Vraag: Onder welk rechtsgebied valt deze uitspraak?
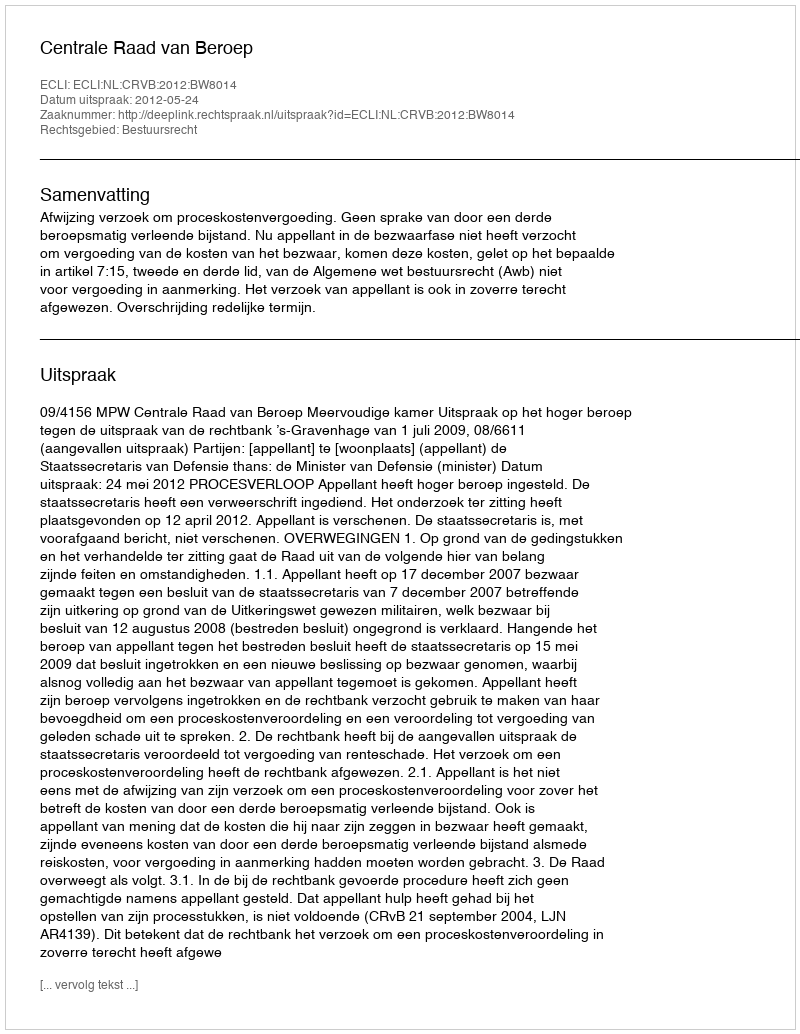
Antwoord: Bestuursrecht